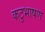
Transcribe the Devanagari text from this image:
कटुभाषण